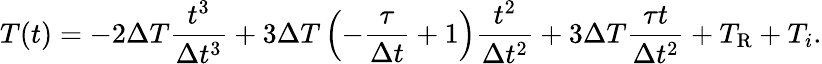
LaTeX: T(t)=-2\Delta T\frac{t^{3}}{\Delta t^{3}}+3\Delta T\left(-\frac{\tau}{\Delta t}+1\right)\frac{t^{2}}{\Delta t^{2}}+3\Delta T\frac{\tau t}{\Delta t^{2}}+T_{\mathrm{R}}+T_{i}.